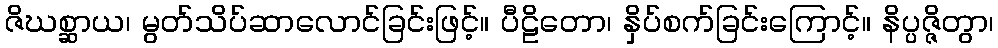
ဇိဃစ္ဆာယ၊ မွတ်သိပ်ဆာလောင်ခြင်းဖြင့်။ ပီဠိတော၊ နှိပ်စက်ခြင်းကြောင့်။ နိပ္ပဇ္ဇိတွာ၊